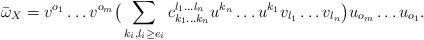
\begin{align*}\bar\omega_X = v^{o_1}\dots v^{o_m}\big( \sum_{k_i,l_i\ge e_i} c_{k_1\dots k_n}^{l_1\dots l_n}u^{k_n}\dots u^{k_1} v_{l_1}\dots v_{l_n} \big) u_{o_m}\dots u_{o_1} .\end{align*}